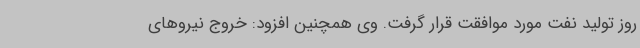
روز تولید نفت مورد موافقت قرار گرفت. وی همچنین افزود: خروج نیروهای